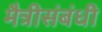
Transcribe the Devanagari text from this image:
मैत्रीसंबंधी